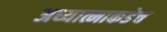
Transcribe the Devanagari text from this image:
अध्यात्माकडेच